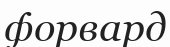
форвард